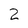
Character: 2